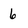
Character: 6